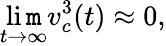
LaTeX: \operatorname*{li\mathtt{m}}_{t\to\infty}v_{c}^{3}(t)\approx0,